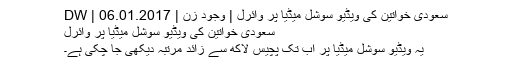
سعودی خواتین کی ویڈیو سوشل میڈیا پر وائرل | وجود زن | DW | 06.01.2017
سعودی خواتین کی ویڈیو سوشل میڈیا پر وائرل
یہ ویڈیو سوشل میڈیا پر اب تک پچیس لاکھ سے زائد مرتبہ دیکھی جا چکی ہے۔